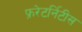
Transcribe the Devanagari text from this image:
फ्ररेटर्निटीस